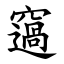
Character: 䆼